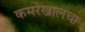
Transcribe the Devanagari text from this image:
कमरेखालचा